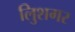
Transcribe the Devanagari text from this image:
लुिशगर